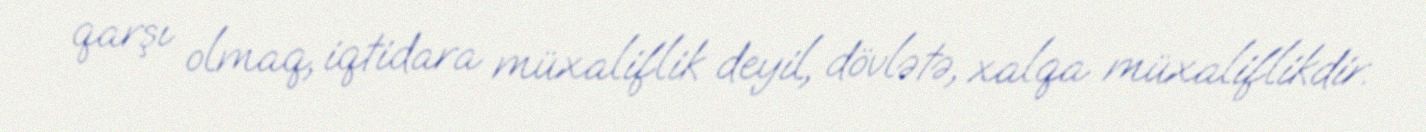
qarşı olmaq, iqtidara müxaliflik deyil, dövlətə, xalqa müxaliflikdir.